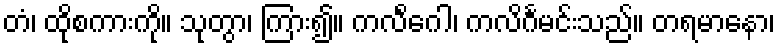
တံ၊ ထိုစကားကို။ သုတွာ၊ ကြား၍။ ကလိင်္ဂေါ၊ ကလိင်္ဂမင်းသည်။ တရမာနော၊